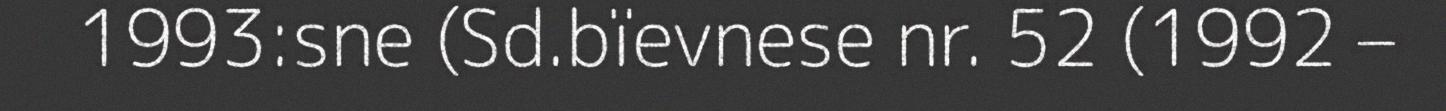
1993:sne (Sd.bïevnese nr. 52 (1992 –